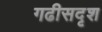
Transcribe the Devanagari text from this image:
गढीसदृश